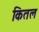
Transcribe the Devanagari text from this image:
कितल